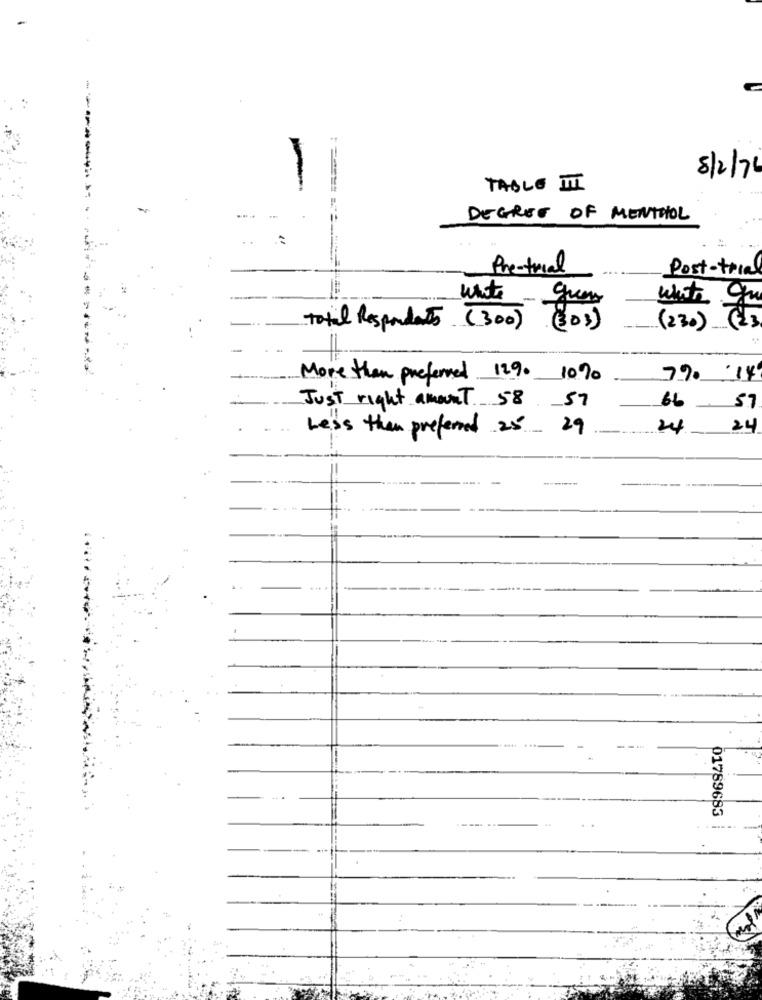
8/2/76
TABLE I
--------
DEGREE OF MENTHOL
Pretrial
Post-trial
white quen
total Respondents (300) (303)
(230)
More than preferred 129. 10%
79 14
Just right amount 58 57
66 57
Less than preferred 25 29
24
_ 24
01789683